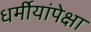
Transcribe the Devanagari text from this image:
धर्मीयांपेक्षा